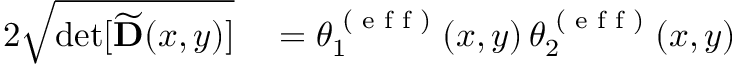
\begin{array} { r l } { 2 \sqrt { \operatorname* { d e t } [ \widetilde { \mathbf { D } } ( x , y ) ] } } & { { } = \theta _ { 1 } ^ { \textrm { ( e f f ) } } ( x , y ) \, \theta _ { 2 } ^ { \textrm { ( e f f ) } } ( x , y ) } \end{array}